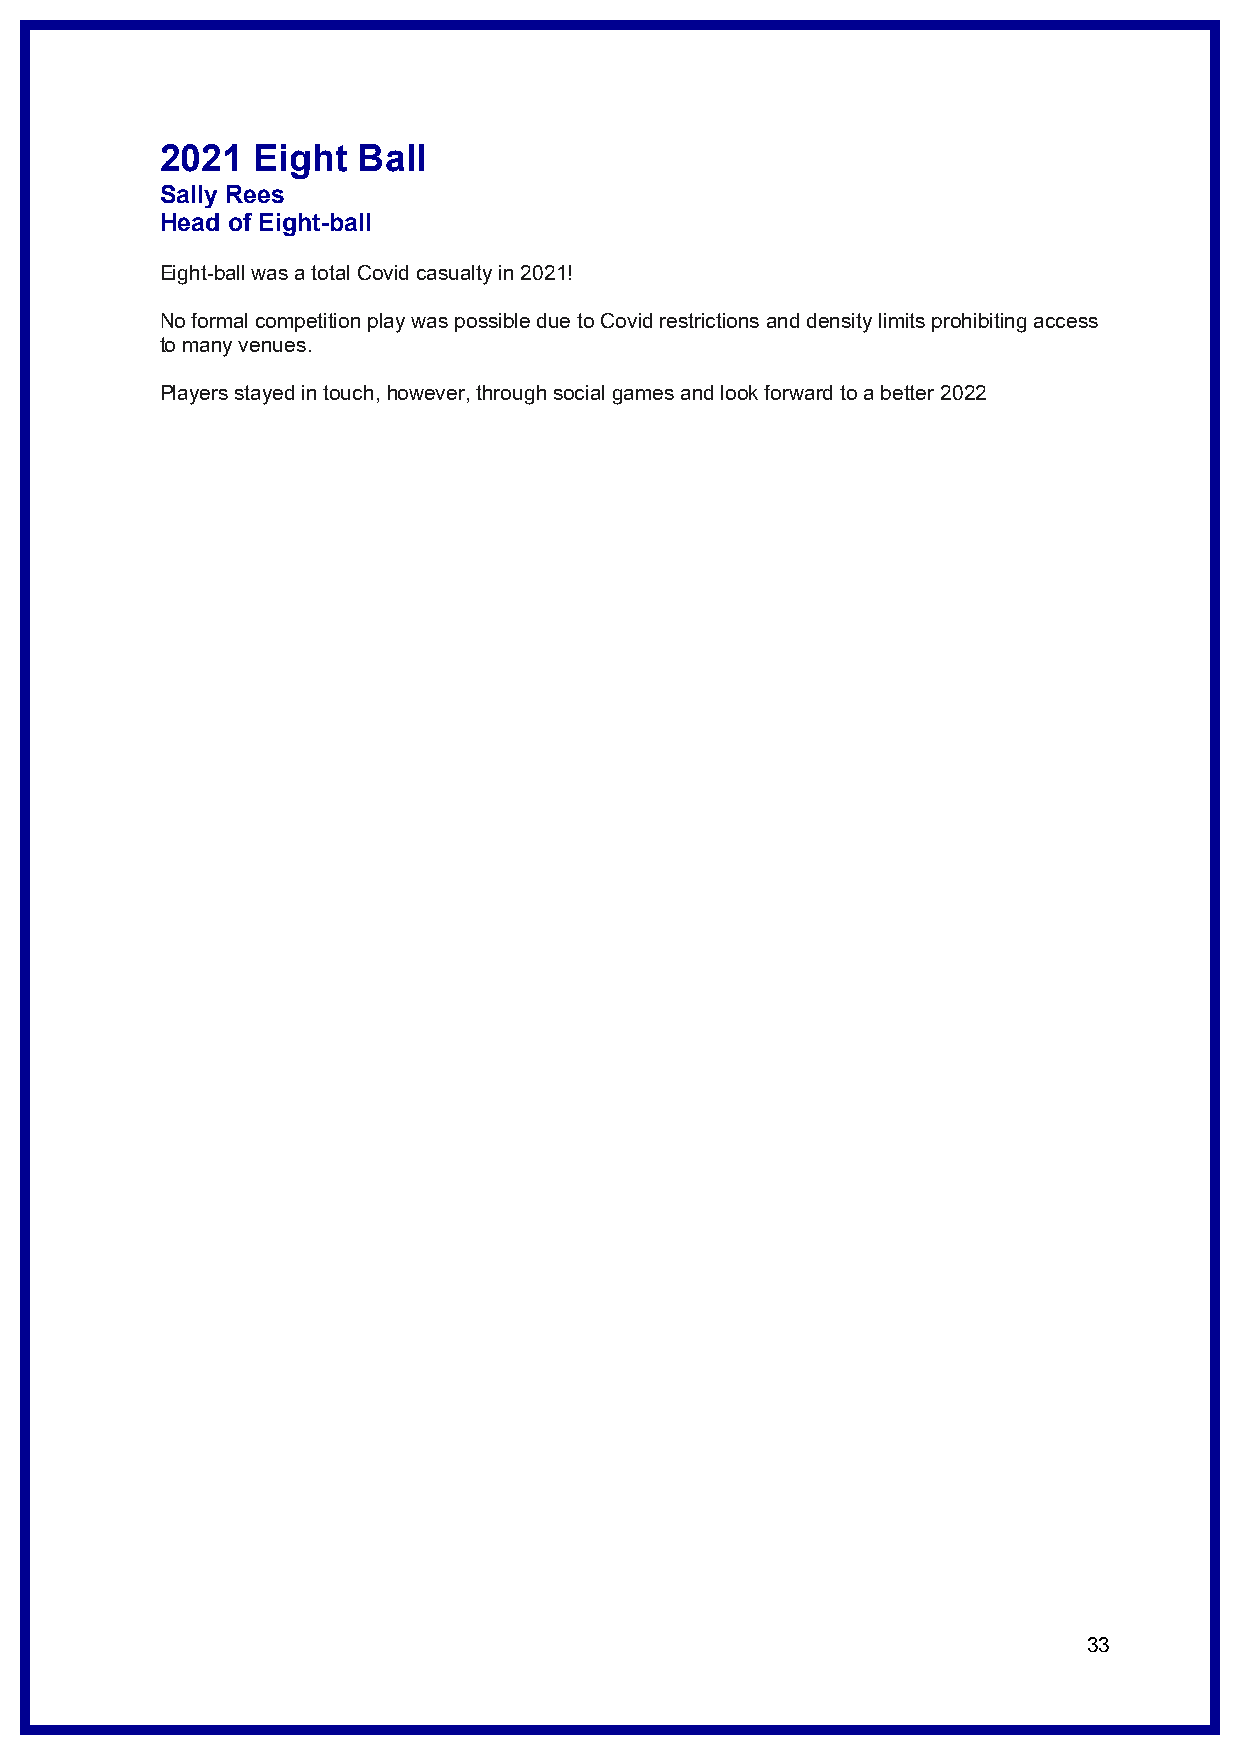
2021  Eight  Ball
 Sally Rees
 Head of Eight-ball
 Eight-ball was a total Covid casualty in 2021!
 No formal competition play was possible due to Covid restrictions and density limits prohibiting access
 to many venues.
 Players stayed in touch, however, through social games and look forward to a better 2022
 33